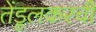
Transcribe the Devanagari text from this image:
तेंडूलकरची